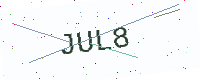
Text: JUL8